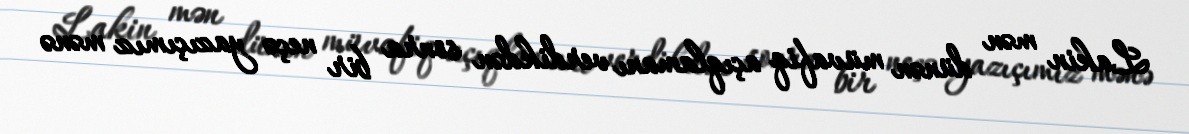
Lakin mən dünən müvafiq açıqlamanı verdikdən sonra bir neçə yazıçımız mənə